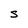
Character: S